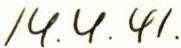
14. 4. 41.